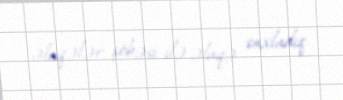
əlaqələr şöbəsi ilə əlaqə saxladıq.